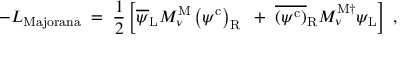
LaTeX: - { \cal L } _ { \mathrm { M a j o r a n a } } \; = \; \frac { 1 } { 2 } \left[ \overline { { { \psi } } } _ { \mathrm { L } } M _ { \nu } ^ { \mathrm { M } } \left( \psi ^ { \mathrm { c } } \right) _ { \mathrm { R } } ~ + ~ \overline { { { \left( \psi ^ { \mathrm { c } } \right) } } } _ { \mathrm { R } } M _ { \nu } ^ { \mathrm { M \dagger } } \psi _ { \mathrm { L } } \right] \; ,